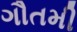
ગૌતમી